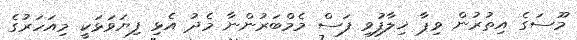
މޫސަގެ އިތުރުން ވިޕާ ޚިލާފުވި ފަސް މެމްބަރުންނާ މެދު އެޅި ފިޔަވަޅަކީ މިއަހަރުގެ